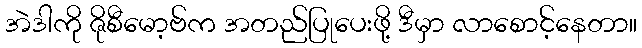
အဲဒါကို ဇိုစီမော့ဗ်က အတည်ပြုပေးဖို့ ဒီမှာ လာစောင့်နေတာ။